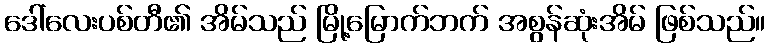
ဒေါ်လေးပစ်တီ၏ အိမ်သည် မြို့မြောက်ဘက် အစွန်ဆုံးအိမ် ဖြစ်သည်။